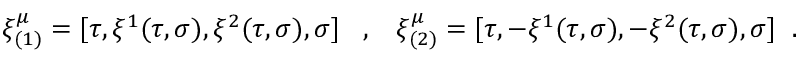
\xi _ { ( 1 ) } ^ { \mu } = [ \tau , \xi ^ { 1 } ( \tau , \sigma ) , \xi ^ { 2 } ( \tau , \sigma ) , \sigma ] \; \; \; , \; \; \; \xi _ { ( 2 ) } ^ { \mu } = [ \tau , - \xi ^ { 1 } ( \tau , \sigma ) , - \xi ^ { 2 } ( \tau , \sigma ) , \sigma ] \; \; .